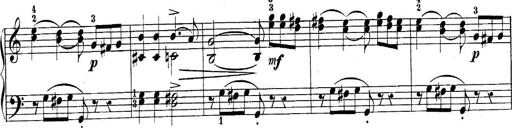
Title: 10 Sonatines progressives
Composer: Anton Schmoll